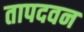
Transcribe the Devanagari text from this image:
तापदवन